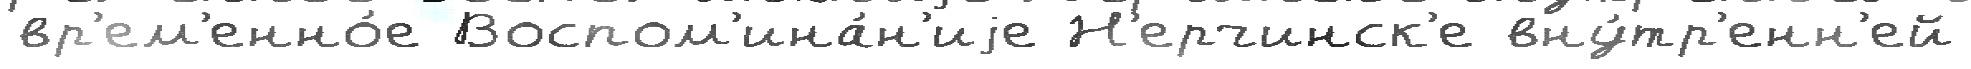
вр'ем'енно́е Воспом'ина́н'иjе Н'ерчинск'е вну́тр'енн'ей